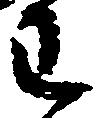
わ